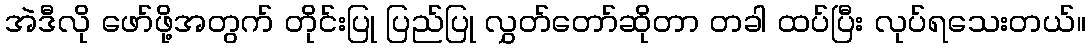
အဲဒီလို ဖော်ဖို့အတွက် တိုင်းပြု ပြည်ပြု လွှတ်တော်ဆိုတာ တခါ ထပ်ပြီး လုပ်ရသေးတယ်။